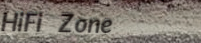
HiFi Zone